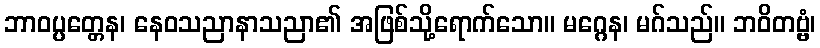
ဘာဝပ္ပတ္တေန၊ နေဝသညာနာသညာ၏ အဖြစ်သို့ရောက်သော။ မဂ္ဂေန၊ မဂ်သည်။ ဘဝိတဗ္ဗံ၊